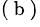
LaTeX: ^{(\mathrm{~b~})}